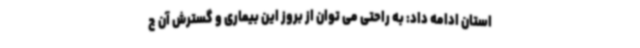
استان ادامه داد: به راحتی می توان از بروز این بیماری و گسترش آن ج